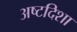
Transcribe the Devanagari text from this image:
अष्टदिशा